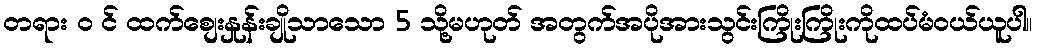
တရား ၀ င် ထက်စျေးနှုန်းချိုသာသော 5 သို့မဟုတ် အတွက်အပိုအားသွင်းကြိုးကြိုးကိုထပ်မံဝယ်ယူပါ။